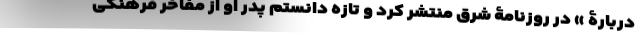
دربارۀ » در روزنامۀ شرق منتشر کرد و تازه دانستم پدر او از مفاخر فرهنگی